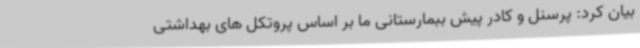
بیان کرد: پرسنل و کادر پیش ببمارستانی ما بر اساس پروتکل های بهداشتی